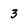
Character: 3